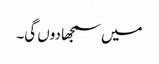
میں سمجھا دوں گی۔